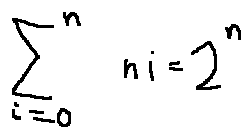
\sum \limits _ { i = 0 } ^ { n } n i = 2 ^ { n }